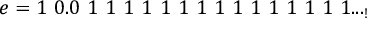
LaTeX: e = 1 \ 0 . 0 \ 1 \ 1 \ 1 \ 1 \ 1 \ 1 \ 1 \ 1 \ 1 \ 1 \ 1 \ 1 \ 1 \ 1 \ 1 . . . _ { ! }